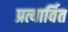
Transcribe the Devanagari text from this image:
प्रत्यार्वित